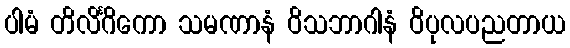
ပါမံ တိလိင်္ဂိကော သမဏာနံ ဝိသဘာဂါနံ ဝိပုလပညတာယ